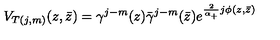
V _ { T ( j , m ) } ( z , \bar { z } ) = \gamma ^ { j - m } ( z ) \bar { \gamma } ^ { j - m } ( \bar { z } ) e ^ { \frac 2 { \alpha _ { + } } j \phi ( z , \bar { z } ) }